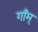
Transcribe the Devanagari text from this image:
गाँम्